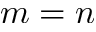
m = n